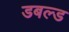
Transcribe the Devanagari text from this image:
डबल्ड